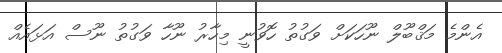
އެންމެ މަޤްބޫލް ނޫހަކަށް ވަގުތު ހޮވުނީ މިހާރު ނޫހާ ވަގުތު ނޫސް އަޅައެއް